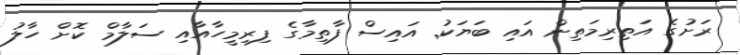
ރަށުގެ އަތިރިމަތިން އައި ބަޔަކު